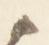
候